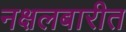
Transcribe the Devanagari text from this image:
नक्षलबारीत